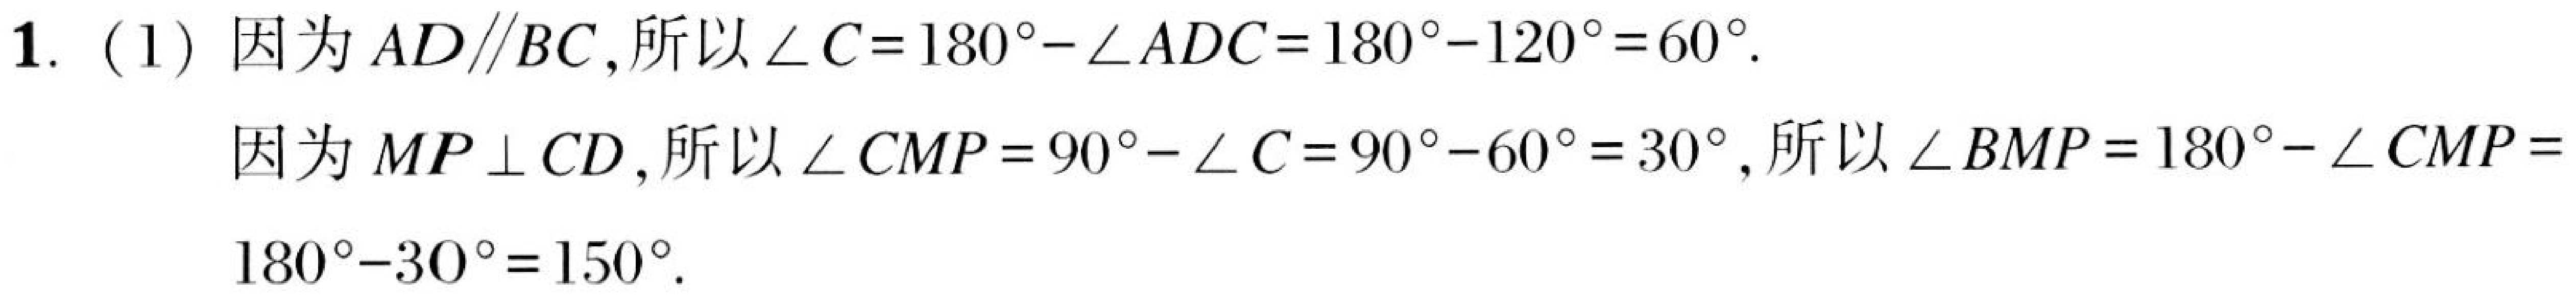
1. (1) 因为 \(AD\parallel BC\)，所以 \(\angle C = 180^{\circ}-\angle ADC=180^{\circ}-120^{\circ}=60^{\circ}\).

因为 \(MP\perp CD\)，所以 \(\angle CMP = 90^{\circ}-\angle C=90^{\circ}-60^{\circ}=30^{\circ}\)，所以 \(\angle BMP = 180^{\circ}-\angle CMP = 180^{\circ}-30^{\circ}=150^{\circ}\).